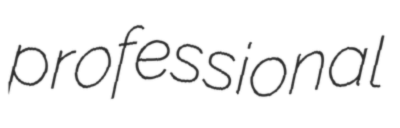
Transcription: professional